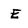
Character: E